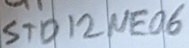
Text: STD12NE06